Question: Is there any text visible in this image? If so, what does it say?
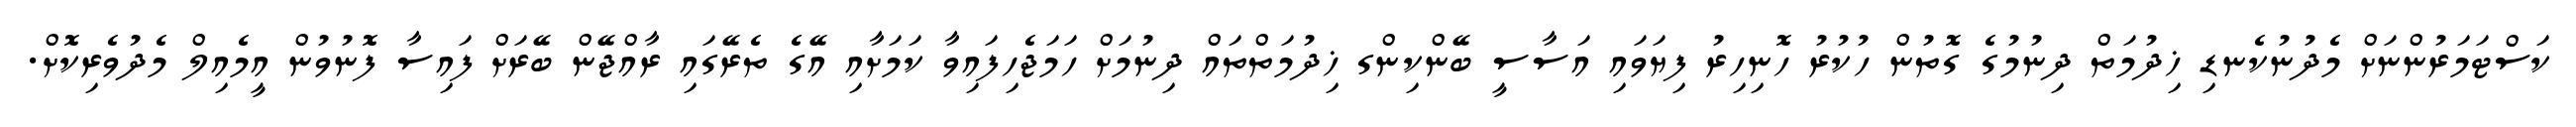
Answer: ކަސްޓަމަރުންނަށް މެދުނުކެނޑި ޚިދުމަތް ދިނުމުގެ ގޮތުން ހުކުރު ހޮނިހިރު ފިޔަވައި އަސާސީ ބޭންކިންގ ޚިދުމަތްތައް ދިނުމަށް ހަމަޖެހިފައިވާ ކަމަށާއި އޭގެ ތެރޭގައި ރާއްޖޭން ބޭރަށް ފައިސާ ފޮނުވުން އީމެއިލް މެދުވެރިކޮށް.